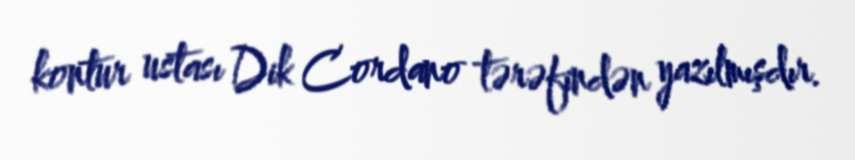
kontur ustası Dik Cordano tərəfindən yazılmışdır.